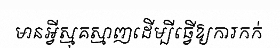
មានអ្វីស្មុគស្មាញដើម្បីធ្វើឱ្យការកក់